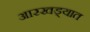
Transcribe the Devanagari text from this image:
आरखड्यात